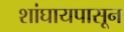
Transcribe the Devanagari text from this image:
शांघायपासून